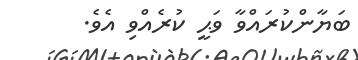
ބަޔާންކުރައްވާ ވަޙީ ކުރެއްވި އެވެ.